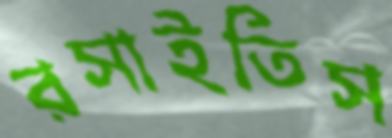
রসাইতিস